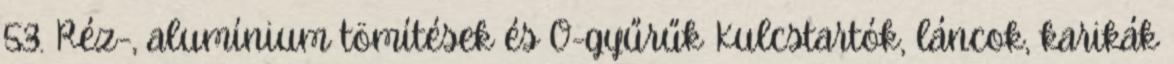
53. Réz-, alumínium tömítések és O-gyűrűk Kulcstartók, láncok, karikák